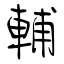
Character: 輔